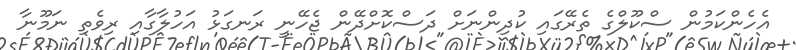
އެހެންކަމުން ސްކޫލްގެ ތެރޭގައި ކުދިންނަށް ދަސްކޮށްދޭން ޖެހޭނީ ރަނގަޅު އަހުލާގާއި ރިވެތި ނަމޫނާ